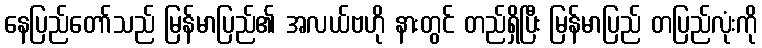
နေပြည်တော်သည် မြန်မာပြည်၏ အလယ်ဗဟို နားတွင် တည်ရှိပြီး မြန်မာပြည် တပြည်လုံးကို